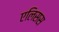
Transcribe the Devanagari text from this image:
एलिसस